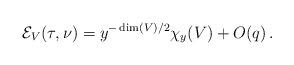
LaTeX: \begin{align*}\mathcal{E}_{V}(\tau,\nu)=y^{-\dim(V)/2}\chi_y(V)+O(q)\,.\end{align*}